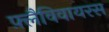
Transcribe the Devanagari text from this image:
फ़्लैविवायरस